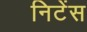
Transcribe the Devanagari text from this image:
निटेंस